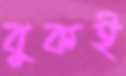
বুকই